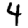
Digit: 4